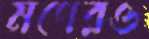
মণেরও